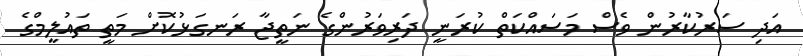
އަދި ސަރުކާރުން ވެސް މަސައްކަތް ކުރަނީ ދަރިވަރުންގެ ނަތީޖާ ރަނގަޅުކޮށް މަތީ ތައުލީމްގެ